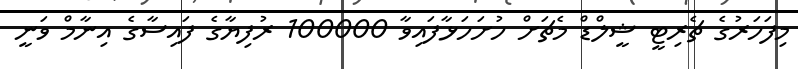
މިފަހަރުގެ ޗެރިޓީ ޝީލްޑް މެޗަށް ހުށަހަޅާފައިވާ 100000 ރުފިޔާގެ ފައިސާގެ އިނާމް ވަނީ